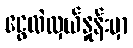
ငွေလဲလှယ်နှုန်းမှာ